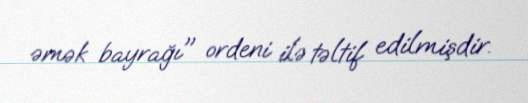
əmək bayrağı" ordeni ilə təltif edilmişdir.